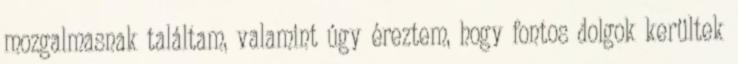
mozgalmasnak találtam, valamint úgy éreztem, hogy fontos dolgok kerültek